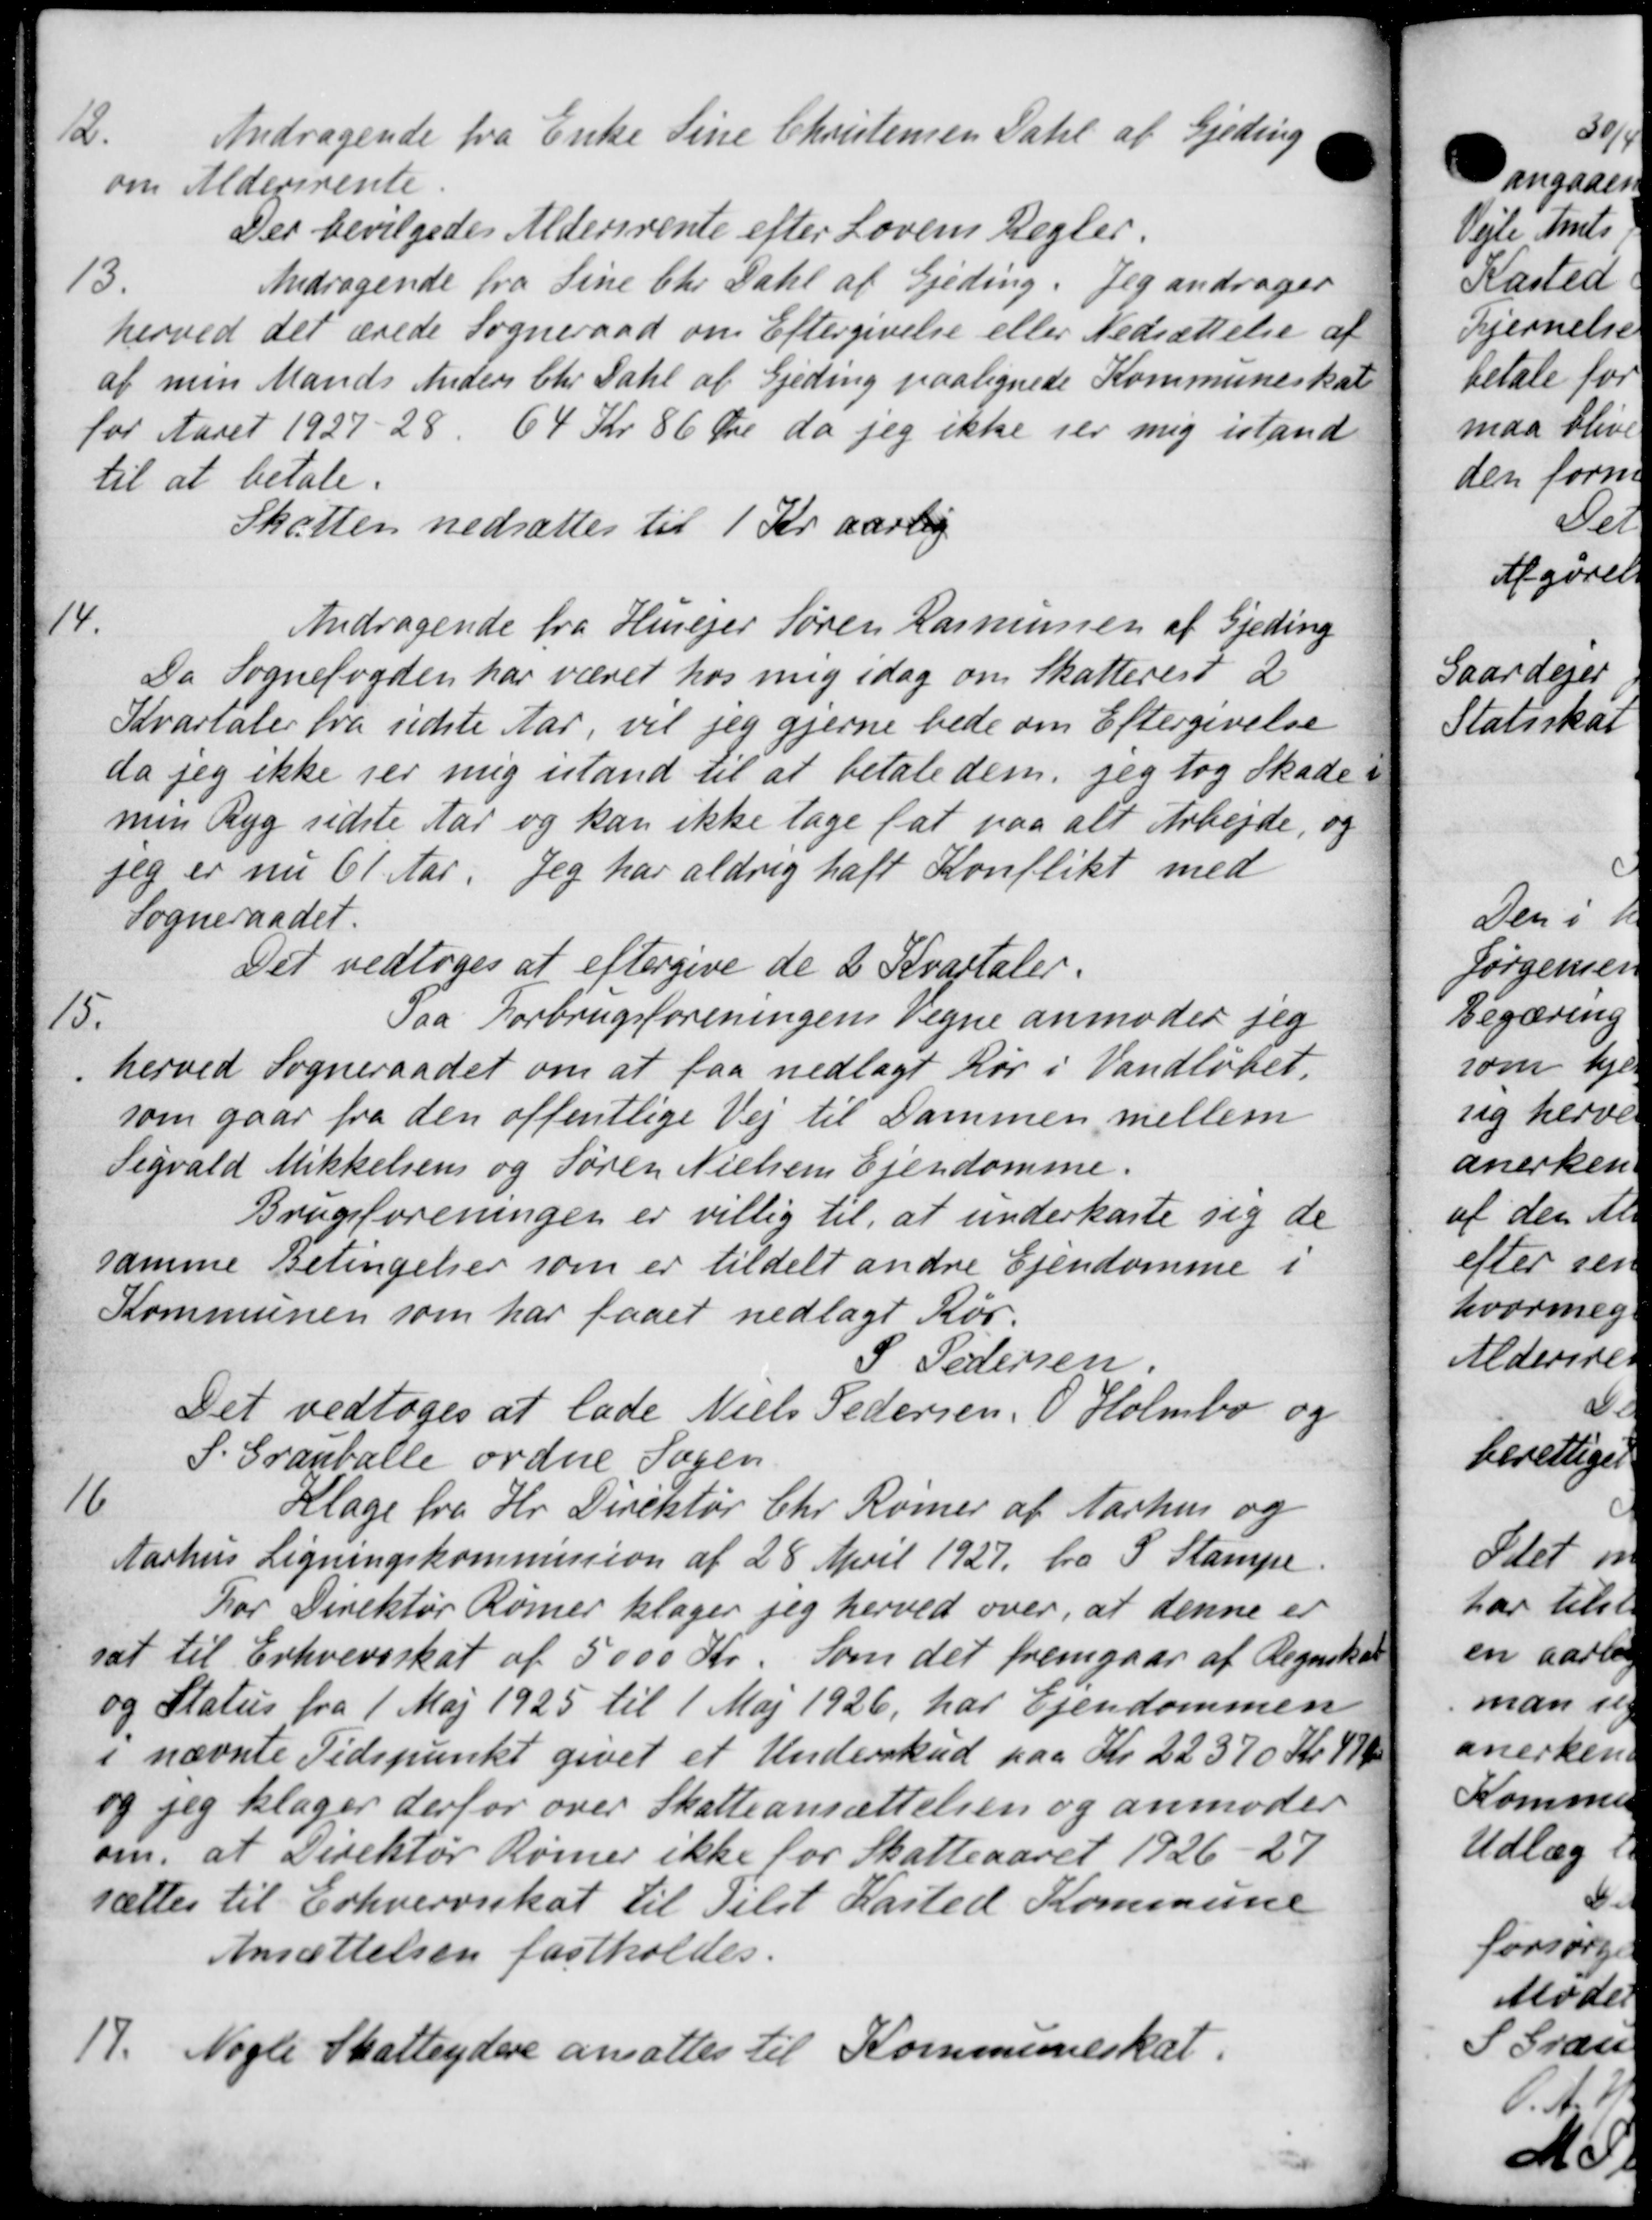
Transskription:
2.
Andragende fra Enke Sine Christensen Datil af Gjeding
om Aldersrente.
Der bevilgedes Aldersrente efter Lovens Regler.
13.
Andragende fra Sine Chr. Dahl af Gjeding. Jeg andrager
herved det ærede Sogneraad om Eftergivelse eller Nedsættelse af
af min Mands Anders Chr. Dahl af Gjeding paalignede Kommuneskat
for Aaret 1927-28, 64 Kr 86 Øre da jeg ikke ser mig istand
til at betale.
Skatten nedsættes til 1 Kr. aarlig
14.
Andragende fra Husejer Søren Rasmussen af Gjeding
Da Sognefogden har været hos mig idag om Skatterest 2
Kvartaler fra sidste Aar, vil jeg gjerne bede om Eftergivelse
da jeg ikke jer mig istand til at betale dem jeg tog Skade i
men Byg sidste Aar og kan ikke tage fat paa alt Arbejde, og
jeg er nu 61 Aar. Jeg har aldrig haft Konflikt med
Sogneraadet.
Det vedtoges at eftergive de 2 Kvartaler.
15.
Paa Forbrugsforeningens Vegne anmoder jeg
herved Sogneraadet om at faa nedlagt Rør i Vandløbet.
som gaar fra den offentlige Vej til Dammen mellem
Sigvald Mikkelsens og Søren Nielsens Ejendomme.
Brugsforeningen er villig til, at underkaste sig de
samme Betingelser som er tildelt andre Ejendomme i
Kommunen som har faaet nedlagt Kør.
P Pedersen
Det vedtoges at lade Niels Pedersen, O. Holmbo og
S. Grauballe ordne Sagen
16
Klage fra Hr. Direktør Chr Rømer af Aarhus og
Aarhus Ligningskommission af 28 April 1927 fra S Stampe.
For Direktør Rømer klager jeg herved over, at denne er
sat til Erhvervsskat af 5000 Kr. som det fremgaar af Regnskab
og Status fra 1 Maj 1925 til 1 Maj 1926, har Ejendommen
i nævnte Tidspunkt givet et Underskud paa Kr. 22370 Kr 47 Ør
og jeg klager derfor over Skatteansættelsen og anmoder
om, at Direktør Rømer ikke for Skatteaaret 1926-27
sættes til Erhvervsskat til Tilst Kasted Kommune
Ansættelsen fastholdes.
17.
Nogle Skatteydere ansattes til Kommuneskat.